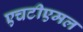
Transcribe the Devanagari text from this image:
एचटीएमल